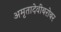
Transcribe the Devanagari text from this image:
अमृतादेवीबरोबर